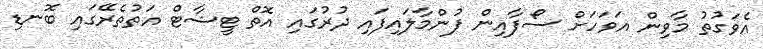
އެވަގުތު މާވިން އަވަހަށް ސޯފާއިން ފުންމާލައިފައި ދުރުގައި އޮތް ޓީޝާޓް އަތުތެރޭގައި ބޮނޑި